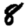
Digit: 8